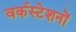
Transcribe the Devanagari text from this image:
वर्कस्टेशनों